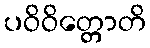
ပဝိဝိတ္တောတိ